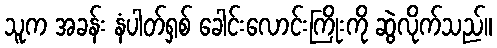
သူက အခန်း နံပါတ်ရှစ် ခေါင်းလောင်းကြိုးကို ဆွဲလိုက်သည်။